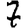
Digit: 7